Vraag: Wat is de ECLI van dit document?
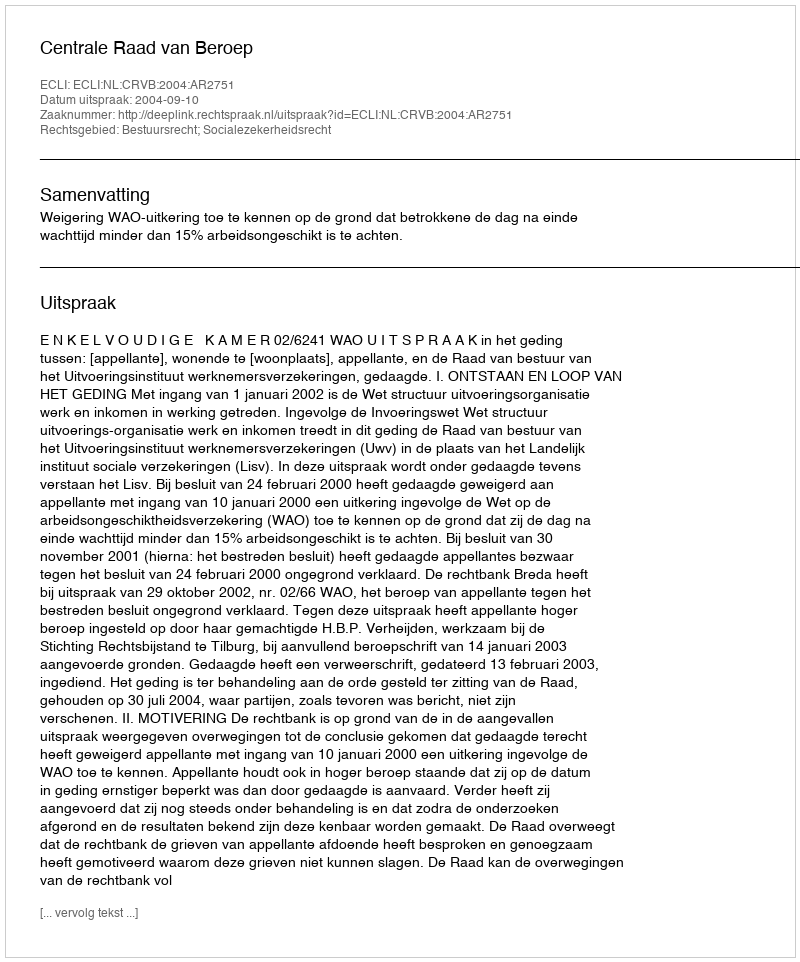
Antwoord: ECLI:NL:CRVB:2004:AR2751